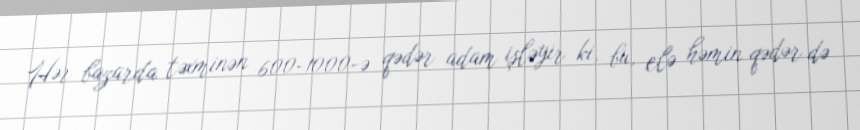
Hər bazarda təxminən 600-1000-ə qədər adam işləyir ki, bu, elə həmin qədər də